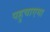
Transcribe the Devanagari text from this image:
पहुचाएगा